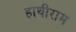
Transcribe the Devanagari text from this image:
हाथीराम